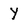
Character: Y